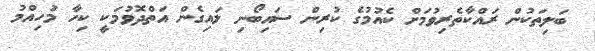
ބަލިތަކުން ރައްކާތެރިވުމަށް ކެއުމުގެ ކުރިން ސައިބޯނި ލައިގެން އަތްދޮވުމަކީ ކިހާ މުހިއްމު